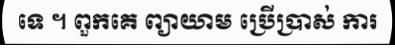
ទេ ។ ពួកគេ ព្យាយាម ប្រើប្រាស់ ការ